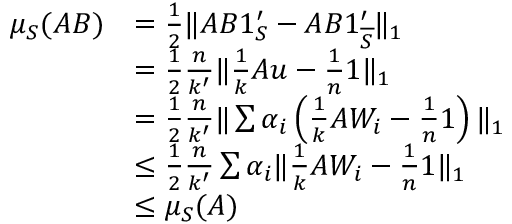
\begin{array} { r l } { \mu _ { S } ( A B ) } & { = \frac { 1 } { 2 } \| A B 1 _ { S } ^ { \prime } - A B 1 _ { \overline { { S } } } ^ { \prime } \| _ { 1 } } \\ & { = \frac { 1 } { 2 } \frac { n } { k ^ { \prime } } \| \frac { 1 } { k } A u - \frac { 1 } { n } 1 \| _ { 1 } } \\ & { = \frac { 1 } { 2 } \frac { n } { k ^ { \prime } } \| \sum \alpha _ { i } \left( \frac { 1 } { k } A W _ { i } - \frac { 1 } { n } 1 \right) \| _ { 1 } } \\ & { \leq \frac { 1 } { 2 } \frac { n } { k ^ { \prime } } \sum \alpha _ { i } \| \frac { 1 } { k } A W _ { i } - \frac { 1 } { n } 1 \| _ { 1 } } \\ & { \leq \mu _ { S } ( A ) } \end{array}